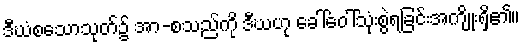
ဒီဃံစသောသုတ်၌ အာ-စသည်ကို ဒီဃဟု ခေါ်ဝေါ်သုံးစွဲရခြင်းအကျိုးရှိ၏။